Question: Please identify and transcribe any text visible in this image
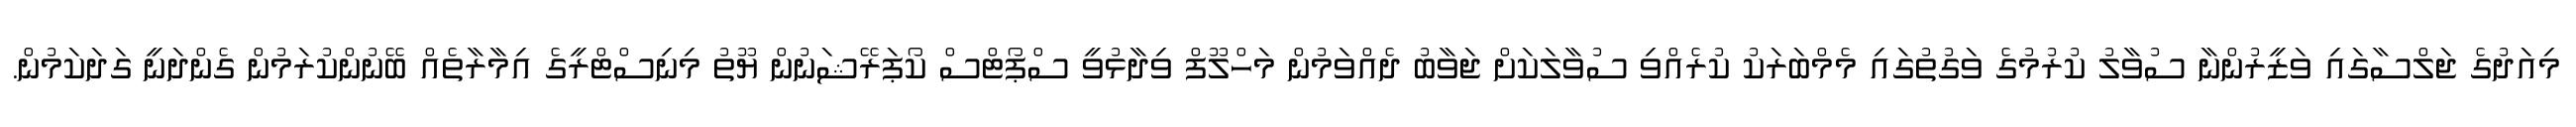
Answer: މިއަދުގެ ޖަލްސާގައި ވަޒީރުންނާ ސުވާލު ކުރުމުގެ ވަގުތުގައި މެމްބަރަކު ކުރެއްވި ސުވާލަކަށް ޖަވާބު ދެއްވަމުން މަހްލޫފް ވިދާޅުވީ ސްޕޯޓްސް ކޯޕަރޭޝަނުން ޔޫތު މިނިސްޓްރީގެ އިމާރާތެއް ބޭނުންކުރަމުން ގެންދަނީ ގަދަކަމުން.